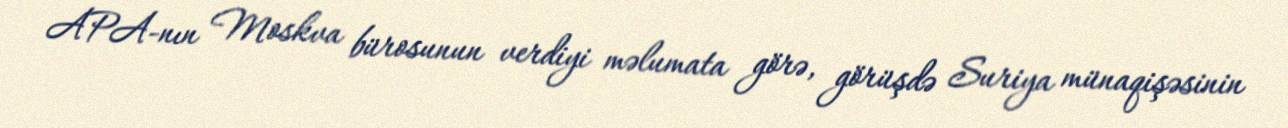
APA-nın Moskva bürosunun verdiyi məlumata görə, görüşdə Suriya münaqişəsinin